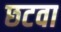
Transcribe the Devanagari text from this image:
छटवा